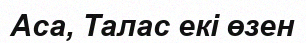
Аса, Талас екі өзен